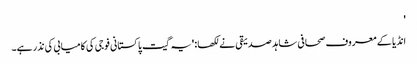
'
انڈیا کے معروف صحافی شاہد صدیقی نے لکھا: 'یہ گیت پاکستانی فوجی کی کامیابی کی نذر ہے۔